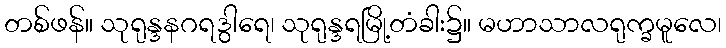
တစ်ဖန်။ သုရုန္ဒနဂရဒွါရေ၊ သုရုန္ဒရမြို့တံခါး၌။ မဟာသာလရုက္ခမူလေ၊